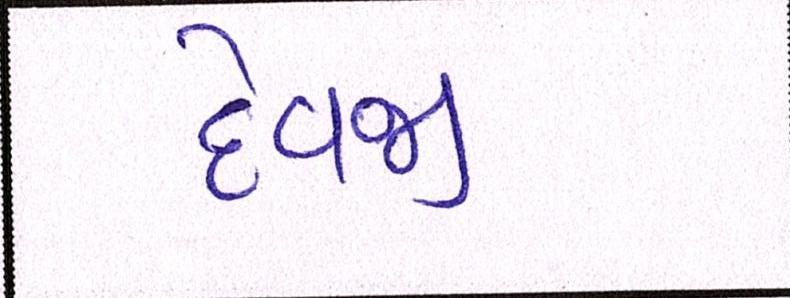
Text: દેવજી